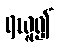
ရယူ၍